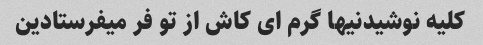
کلیه نوشیدنیها گرم ای کاش از تو فر میفرستادین